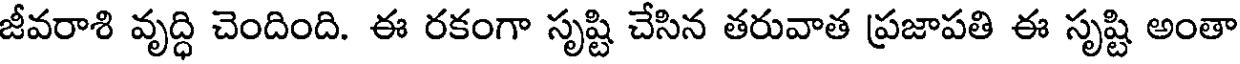
జీవరాశి వృద్ధి చెందింది. ఈ రకంగా సృష్టి చేసిన తరువాత ప్రజాపతి ఈ సృష్టి అంతా